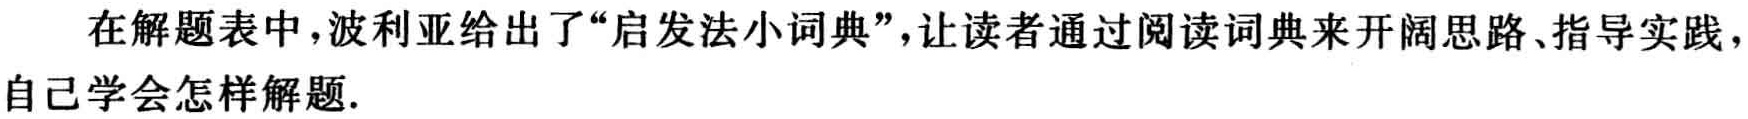
在解题表中，波利亚给出了“启发法小词典”，让读者通过阅读词典来开阔思路、指导实践，自己学会怎样解题.